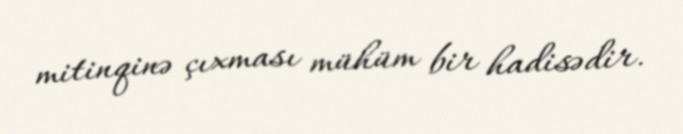
mitinqinə çıxması mühüm bir hadisədir.